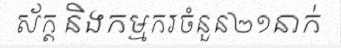
ស័ក្ត និងកម្មករចំនួន២១នាក់